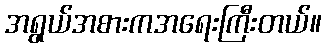
အရွယ်အစားကအရေးကြီးတယ်။